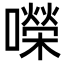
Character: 㘇